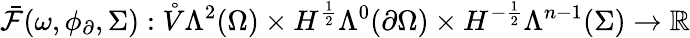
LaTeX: \bar{\mathcal{F}}(\omega,\phi_{\partial},\Sigma):\mathring{V}\Lambda^{2}(\Omega)\times H^{\frac{1}{2}}\Lambda^{0}(\partial\Omega)\times H^{-\frac{1}{2}}\Lambda^{n-1}(\Sigma)\to\mathbb{R}